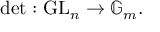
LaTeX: \operatorname* { d e t } : \operatorname { G L } _ { n } \rightarrow \mathbb { G } _ { m } .